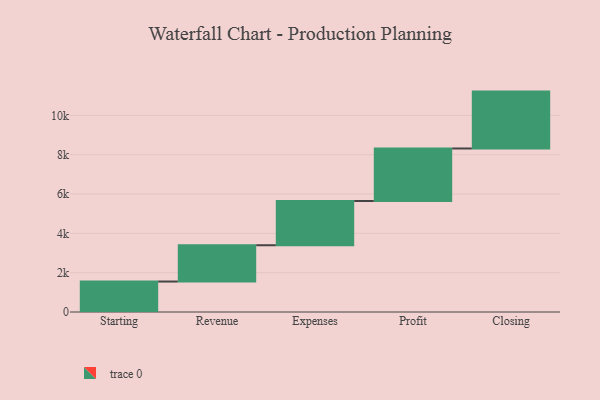
{"axis": {"x": "Step", "y": "Value"}, "legend": [""], "data": [{"x": "Starting", "y": 1550.0, "type": ""}, {"x": "Revenue", "y": 1846.0, "type": ""}, {"x": "Expenses", "y": 2251.0, "type": ""}, {"x": "Profit", "y": 2670.0, "type": ""}, {"x": "Closing", "y": 2894.0, "type": ""}]}